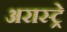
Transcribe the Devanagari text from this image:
अरास्ट्रे